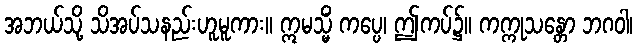
အဘယ်သို့ သိအပ်သနည်းဟူမူကား။ ဣမသ္မိံ ကပ္ပေ၊ ဤကပ်၌။ ကက္ကုသန္တော ဘဂဝါ၊